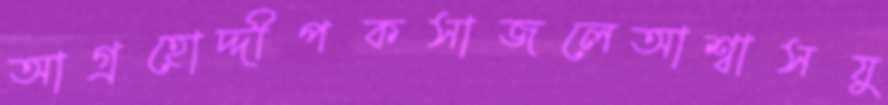
আগ্রহোদ্দীপকসাজলেআশ্বাসযু